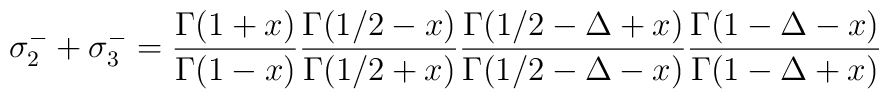
\sigma_2^-+\sigma_3^-= {\Gamma(1+x)\over \Gamma(1-x)}{\Gamma(1/2-x)\over \Gamma(1/2+x)}{\Gamma(1/2-\Delta+x)\over \Gamma(1/2-\Delta-x)}{\Gamma(1-\Delta-x)\over \Gamma(1-\Delta+x)}